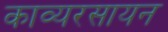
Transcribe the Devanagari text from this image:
काव्यरसायन